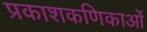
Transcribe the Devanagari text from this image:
प्रकाशकणिकाओं